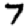
Digit: 7